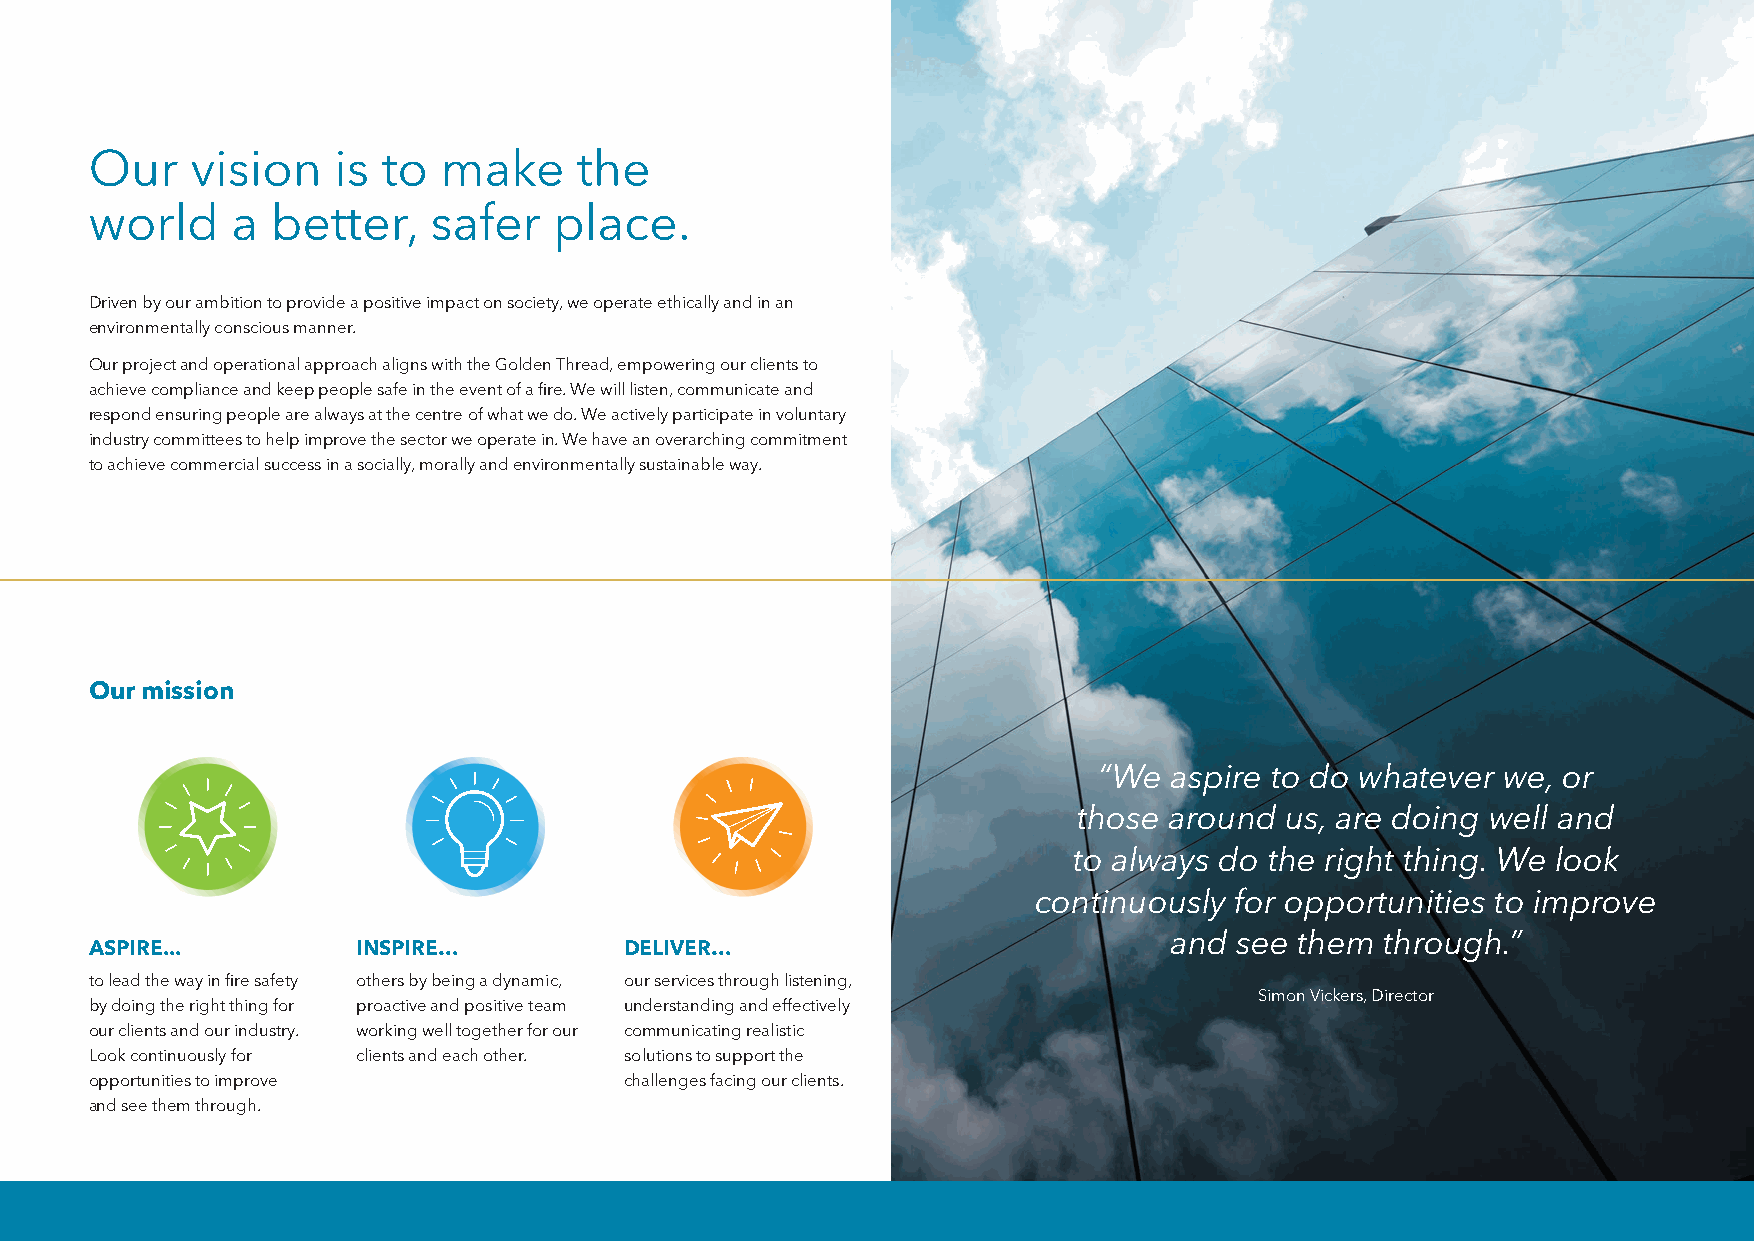
Our    vision   is to  make     the
 world    a  better,   safer    place.
 Driven by our ambition to provide a positive impact on society, we operate ethically and in an
 environmentally conscious manner.
 Our project and operational approach aligns with the Golden Thread, empowering our clients to
 achieve compliance and keep people safe in the event of a fire. We will listen, communicate and
 respond ensuring people are always at the centre of what we do. We actively participate in voluntary
 industry committees to help improve the sector we operate in. We have an overarching commitment
 to achieve commercial success in a socially, morally and environmentally sustainable way.
 Our mission
 “We aspire to do whatever  we, or
 those around  us, are doing well and
 to always do the right thing. We look
 continuously for opportunities to improve
 and  see them  through.”
 ASPIRE...         INSPIRE…         DELIVER…
 to lead the way in fire safety others by being a dynamic, our services through listening,
 Simon Vickers, Director
 by doing the right thing for proactive and positive team understanding and effectively
 our clients and our industry. working well together for our communicating realistic
 Look continuously for clients and each other. solutions to support the
 opportunities to improve           challenges facing our clients.
 and see them through.